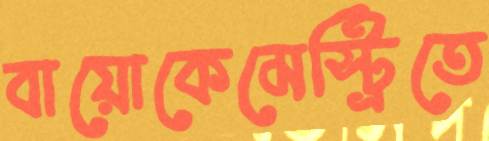
বায়োকেমেস্ট্রিতে